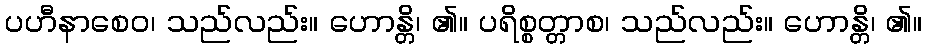
ပဟီနာစေဝ၊ သည်လည်း။ ဟောန္တိ၊ ၏။ ပရိစ္စတ္တာစ၊ သည်လည်း။ ဟောန္တိ၊ ၏။